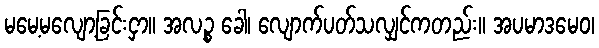
မမေ့မလျော့ခြင်းငှာ။ အလဉ္စ ခေါ၊ လျောက်ပတ်သလျှင်ကတည်း။ အပမာဒမေဝ၊